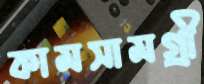
কামসামগ্রী